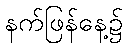
နက်ဖြန်နေ့၌